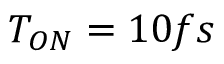
T _ { O N } = 1 0 f s